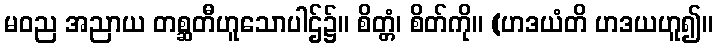
မဝည အညာယ တစ္ဆတီဟူသောပါဌ်၌။ စိတ္တံ၊ စိတ်ကို။ (ဟဒယံတိ ဟဒယဟူ၍။